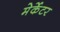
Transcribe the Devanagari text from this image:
मेर्केटर